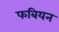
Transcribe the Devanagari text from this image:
फबियन